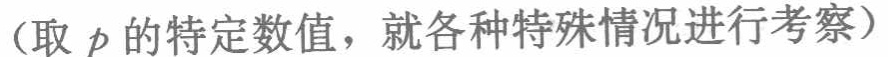
（取 \(p\) 的特定数值，就各种特殊情况进行考察）